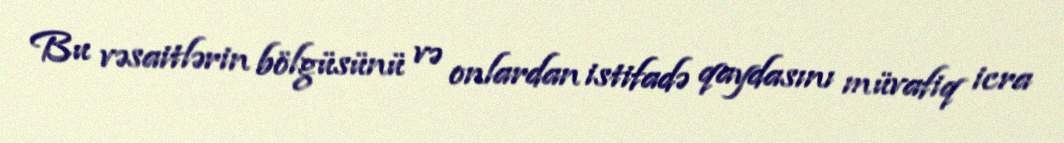
Bu vəsaitlərin bölgüsünü və onlardan istifadə qaydasını müvafiq icra